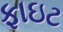
ફાઇટ